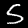
Label: 5